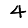
Digit: 4